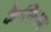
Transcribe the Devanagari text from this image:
कैल्सिअम